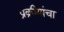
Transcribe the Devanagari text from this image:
प्रक्रीयांचा